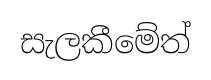
සැලකීමේත්